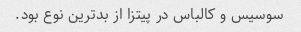
سوسیس و کالباس در پیتزا از بدترین نوع بود.